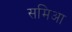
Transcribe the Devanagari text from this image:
समिआ